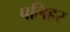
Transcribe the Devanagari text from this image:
पलिहर